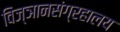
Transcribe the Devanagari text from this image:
विज्ञानसंग्रहालय